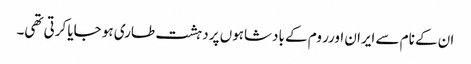
ان کے نام سے ایران اورر وم کے بادشاہوں پر دہشت طاری ہو جایا کرتی تھی۔